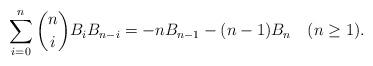
LaTeX: \begin{align*}\sum_{i=0}^n\binom niB_iB_{n-i}=-nB_{n-1}-(n-1)B_n \quad(n\geq1).\end{align*}